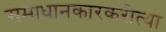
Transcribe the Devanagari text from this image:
समाधानकारकरीत्या